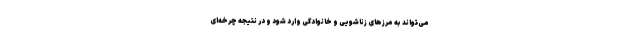
می‌تواند به مرزهای زناشویی و خانوادگی وارد شود و در نتیجه‌ چرخه‌ای